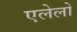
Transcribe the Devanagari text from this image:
एलेलो